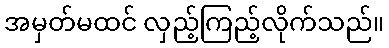
အမှတ်မထင် လှည့်ကြည့်လိုက်သည်။